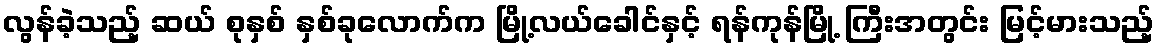
လွန်ခဲ့သည့် ဆယ် စုနှစ် နှစ်ခုလောက်က မြို့လယ်ခေါင်နှင့် ရန်ကုန်မြို့ ကြီးအတွင်း မြင့်မားသည့်